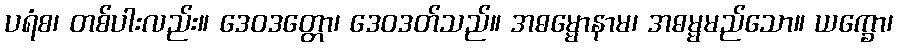
ပရံစ၊ တစ်ပါးလည်း။ ဒေဝဒတ္တော၊ ဒေဝဒတ်သည်။ အဓမ္မောနာမ၊ အဓမ္မမည်သော။ ယက္ခော၊